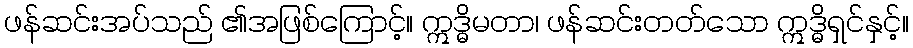
ဖန်ဆင်းအပ်သည် ၏အဖြစ်ကြောင့်။ ဣဒ္ဓိမတာ၊ ဖန်ဆင်းတတ်သော ဣဒ္ဓိရှင်နှင့်။